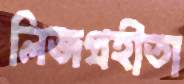
লিজগ্রহীতা